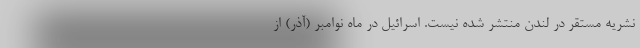
نشریه مستقر در لندن منتشر شده نیست. اسرائیل در ماه نوامبر (آذر) از